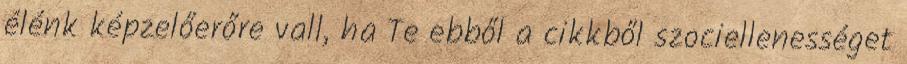
élénk képzelőerőre vall, ha Te ebből a cikkből szociellenességet